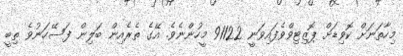
މިހާތަނަށް ކޮވިޑަށް ޕޮޒިޓިވްވެފައިވަނީ 91122 މީހުންނެވެ. އޭގެ ތެރެއިން ބަލިން ފަސޭހަނުވެ ތިބީ